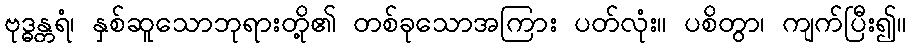
ဗုဒ္ဓန္တရံ၊ နှစ်ဆူသောဘုရားတို့၏ တစ်ခုသောအကြား ပတ်လုံး။ ပစိတွာ၊ ကျက်ပြီး၍။